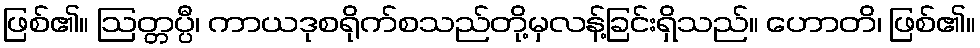
ဖြစ်၏။ ဩတ္တပ္ပီ၊ ကာယဒုစရိုက်စသည်တို့မှလန့်ခြင်းရှိသည်။ ဟောတိ၊ ဖြစ်၏။